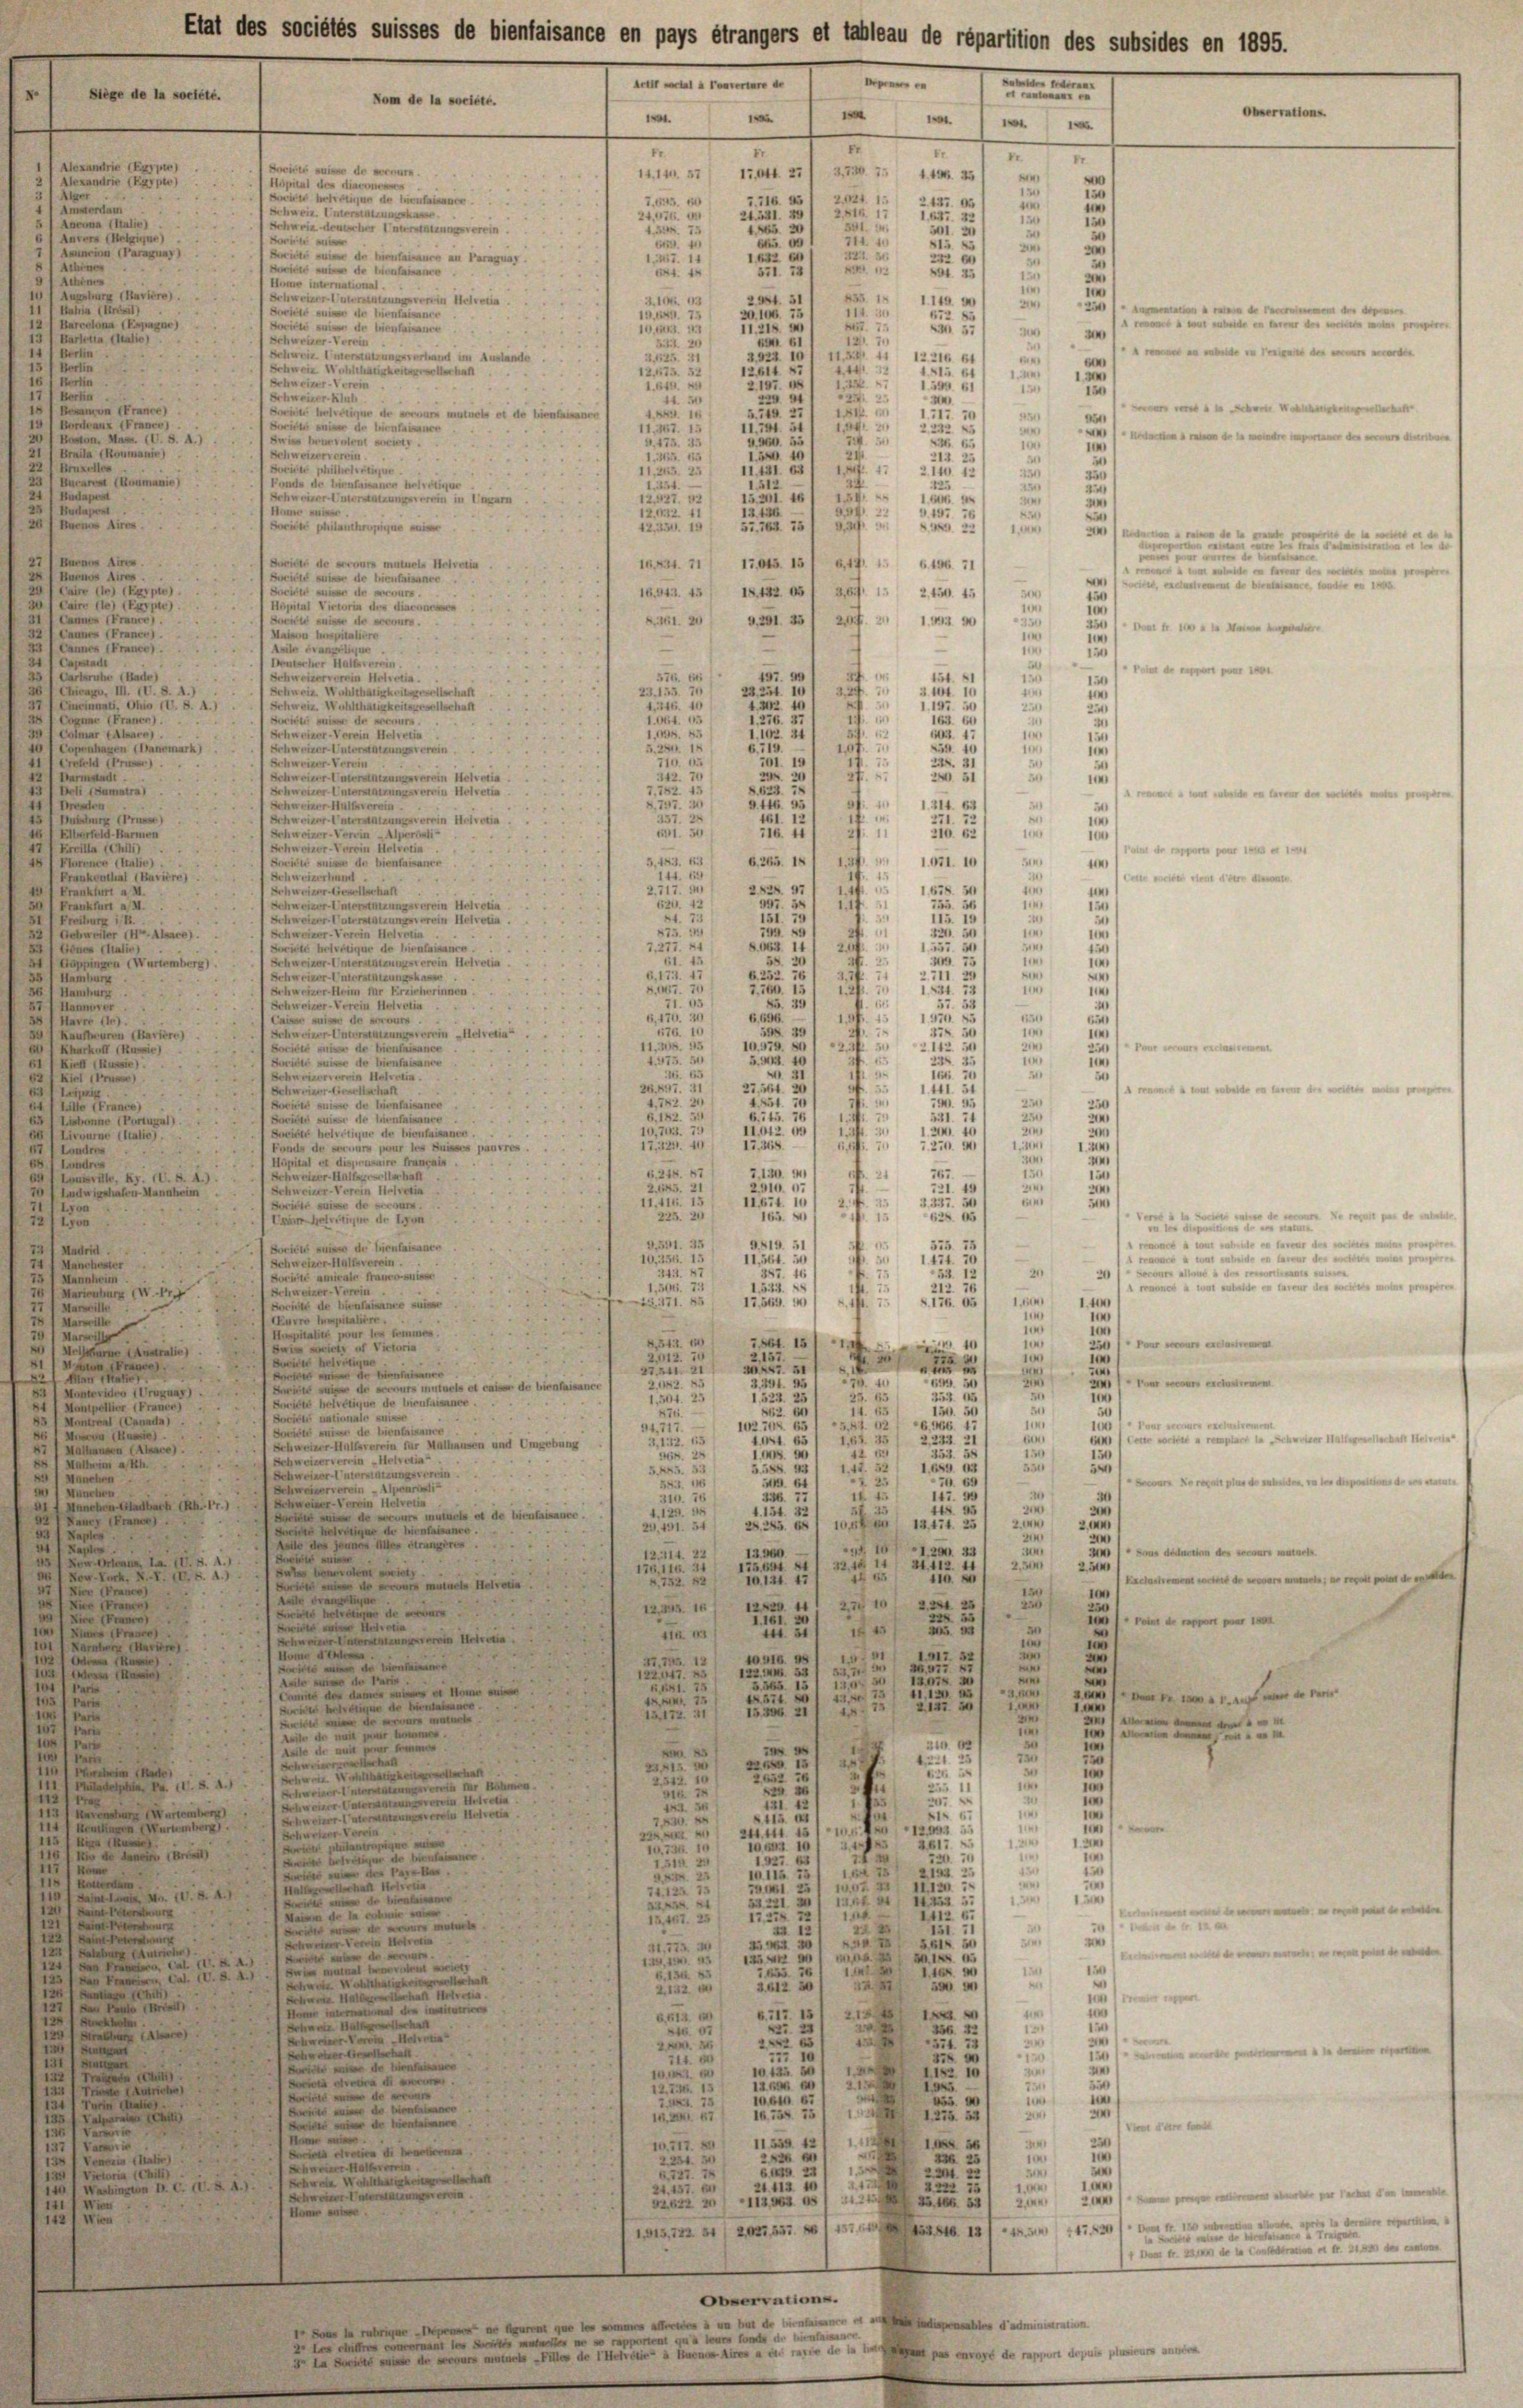
x. Siege de la société.

e
amorten
ön. 1
u
15
 5
2
Beiet suis de bienstance an Paraguay.

252
,267. 14
Bociete suis de hierfass
1
571.
at 22
Achines
Home international.
Augsburg (Baviere Schweizer-Unterstützungsverein Helvern
655. 1
24
3, 106. 9.
lit g
431
Soviele
ede hienfaisance
20. 106. 7.
19

Soviele
 de lienfaisance
II. 218.
3
Schweizer-Verein
r 61
35.
1
chweiz Inerstützungsverhand im Auslände
3,425. 31
1221
Briti
Schweiz. Wohlthäugkeitersch
114
a
Ber
d
Schweizer-Ver
u
ein.
hweizer-R
Bertin
u
4,885. 10
Breite helvetique de secours mutu
Snriete suisse de lieut
Bordea
4
191. 54
367.
115
Swiss bruevolent societr.

mele
Schweizerverein
n
465. 15
u
i
Societe philhelvetirun
u
.
115

.
dles die Lienheissance betreten sei einen
54
Etages
 Schweizer-Unterstützungsve
i
16
.
152
eesen
1202. 1

2
n

§ 151 u.
Buenos Aires.
u
Societe philanthropique suisse.
1223. 15
h
Buenos Aires
Sacité de secours mutuels Helvetia,
17645. 15) 649. 1. 6196. 71
16,834. 71
.
n
onos Aires
Société suisse de
e
Caire (10) Egypte)
Breiten meiner die Brennungen
16,543. 45 / 18452. 05/ 369. 1. 2450. 4
ppital Victorin des diaconesses
1
S.361. 20 9291. 35 / 207. 2111 90
Société suisse de secours.
annes
und
Maison hospitaliere
i
s (France).
2
Asile Evangelique.
e
2
Capstadt
Beutscher Hülfsverein
P de pour
2
1
Schweizer
Carlsruhe (Bade
197. 90
erverein Helvetia.
44.
576. 66
15
23,155. 70
Chicupo, III. II. S.
Schweiz. Wohlthätigkeitsgesellschaft
u
)
Cineinnati, Ohio (T. S. A.)
4.246. 1
197.
Schweiz. Wohlthätigkei
sGesellschaft
.
.
Sociéti suis de seris
.
.
c (Franci
schweizer-Verein Helvetia

c
er (Alsare).
3
2
93. 1
n
u
1
Schweizer-Unterstützungsverein
anemark)
.
chweizer-Verein

S. 31
1
etzungsverein Helvetia
2051
Schweiz
armstadt.
i
Be Sumaira,
u
 Schweizer-Unterstützungsverein Helvetia.
An beide en r
46. 55
1314.
.
Schweizer-Hülfsverein.
Fristen
3
 15
Schweizer-Paterstützungsverein Helvetia
Duisburg (Trüsse
.
1.7.
.
271
310. d
s
691. 2
Schweizer-Verein „Alperosti-
14
)
Eiberfeld. Ha
Schweizer-Verein Helvetin
Freilla Con
Point dr rapport pour le
1
5,183.
1671. 10
Société suisse de bienfaisance
6,265. 1811, 34
100
Florence Italie)
14
Schweizerhum
unkentlial (Baviere)
Cette acte rent dere diesente
I
2,717. 9
2838. 371 11
hweizer-Gesellschaft
Frankfurt a M
78. 51
155
Frankfurt a M.
n
Schweizer-Unterstützungsverein Helvetia
20.
4
21.
Schweizer-Unterstützungsverein Helvetia.
Freiburg i/B.
u
i
1
Schweizer-Verein Helvetia
Gebweiter II. Alsace).
8.
u
ociété helvetique de hienfaisance.
7
dnes
20

d
verein Helvetia.
Schweizer-Unterstütz
e
Appingen ( Wurtemberg)
.
Schweizer-Unterstüt
n
21
376.
 2
d
2
Schweizer-Heim für Erzieherinnen.
Hamburg
:
Schweizer-Verein Helvetia
dämmen
15.5.
.
1
6,150. 3
it
61
Caisse suisse de sorours.
Haver die
1
¬
Schweizer-Unterstützungsverein „Helvetia“.
Kaufheuren (Bavière).
2
11.
ut
10
ociété suisse de bienta
of (Russi
 Pour secours exclusivemen
3
.

Suriété suisse de bien
Kiell (Russic)

Schweizerverein Helvetia.
Kiel (Trüsse)
26,85
renone ton beide en ver
27,564.
Schweizer diesellschaf
Lei
2
82.
Bociété suisse de lienfaisan
1er der
.
société suisse de lienfaisant
ne (Fortugal
t
II042. 65
d
 Societe helvetique de hieufaisance
vourne (ltalie).

154
i
in
onds de soeurs pour les Burs
d
auvres .
Landro
öpital et disprussire
1 Landrec
Seiter.
18.
d
130.
.
uisville, Ry. (U. S. 4

a
251
15. 21
Schweizer-Verein Helvetia
Ludwigshafen Mannhein
r
2.
Boristi suisse de
11,416. 15
nurs.

1
 de soit par die mit
al.
Deiner Helvetique de lon
o
.
tonsabile en faveur des voriges mens prospi
G,591. 35
G. 819. 5
i renones
175. 75
81
 Société suisse die hienfaisanc
Madridl
enbeide en faveur des et man propres
11,51
10,356. 1
1474. 7
i
Schweizer-Hülfsverein.
ancheste
20
 da
2
2
Socirte amicale francosuisse

,504. 74
.
212. 1
Schweizer-Verein

 171.
1.10
17,569. 141
6. 55
. ist.
orirte de hienfaisance suisse
n
hrspitaliere
i
ur les femme
pitalité po
8
arwes
64. 151 1
Pour ou sie
is society of Victoria
e
Meistere Australie

elve
i
222.
Fr
8.1

a
.
23 1
Pour recours exclusumm
dels et caisse de bienfaisance
de verurs
eien einen
n

u
wiete hervereigne de bienfisance

Kompellier (France)

e
rationale suis
Societli
antrent (Canada).
x
" Paar securs exclusivement
.
166
 u
94,
sible suiser de bienfisance
n(Russie
Cette acta remplar la Schweizer Hülfsgesellschaft II
14.
3,13.
 163.
1
Schweizer-Hülfsverein für Halhausen u
gebung
a
Mathausen (Alsace).
1
.
rein „Helvetia"
chweizer

napf.

u
558
1.
.
Atzungsvorri
eine
rit plus de subsiden, in les dispositions
76. 69
izerverein - Alpenresti
u

i
im Helvetia
Gladbach (Rh.17.)
1
4. 154.
4, 125.
 mutuels et de bienfaisance.
i
uung einen
 Frau eines
 1312.
22
2285. 9
20,451. 54

1
Alles étrangères.
34.
1,29
u
 ou den des Beaur mutuels.
1000
12. 714. 22
t ni
 . . 10. d. 1
u
1
32.
412.
olen societ
i
1
176,
Nov. Kurk, N. F. IV. S. 4.)
r
Elstement ce de la me der po de
ous mutuels Helvetia.
d
Nier (France)
 de s
e var
ice (Frau
2710/2254
12820. 44
12, 245. 16)
dite der einer in eine
d
Vier (Fraue
 Point de rapport par

1425
1529,
Ninns (Fraue
416. 62
d
verein Helvetia.
Unterst
r
arnt
i
15
lome d’indes
10416. 98
4
eien un
de Bienfaisance
iets aus
u
des Aussic
l Prome einer

Pra 1. Auf die de parir
n
u
dringen die Ferne
.
n
 de

nn in einer ein

n
.
.
s
d mit zu
in
u
n
chwier
2
a

eher in Bethei
1
2

mimier
.
r
dee eine retia
er. Unt
u
e
eerendung Würtember
u
Hizungsverein Helvetia.
1

en (Wurtemberg).
m
Rouchir
Be

2
.
pigere mi
15
2
a
e

327
u
e
tam

u
nt a M. D. S. A.)
de hier
.
1
u
Bern
23, 2
deinen der er den
u
n
 mutte
n
LA F. IX
a
Peterstr

i
u von 30
31,77.
ur Antrich
Bei de
n
it an der Beru
1
lau wir a
eiern, Cal. II S. 4

und ein
1

Ferie anal hern
i

1
3
  154.
Schwere Wohltharink
i
221
3612 50
4.132. im
hil
.
B
n.

Heie inter
G,573. 60
7. 15
217
62)
15
n
Schweiz. Hat
.
Al
o Hertia
L
Schweizer
n
i
.
chweizer erha
e
a
.
n
1
 de
trich
in
10
m
Ch
n
u
icta vota d
n
iacon in
Zutriche
22.
76.
d
lbeins
d
.
(Radie
Britte ausse der Einlaisance
16 ist 5/1315. 53
Cauti
15, 2. 67
Bolte sei der hientaine
Vtem Für d
1153. 4
1 56
10.717. 89
7 Vars
riat votie di Benehm
226
Ain
2. 234. 30
146. 2
2
Schweizer
s
1, 34
6,727. 18
201. 23
Schen Wohlthätigkeit

u
24. 413. 10
2222. 15
1.5.

24. 157. 61
.
Pre p
 Schweizer Unter
a
33, 1391
Görmigen es 1 24
in
Homer se

dan alternte.
,772. 81 (2027557 S. 1245. 482
u
/1 Dem fr. 231 de la Conferation fr. 21 des canon
Observations.
s à un hat de bienfaisanen
ispensables d’administration.
1 Sous la rubriger In
e qui leurs fonds u. Lientars
chiffre
 iren an ein raste de in der pas envoyé de rapport depuis

Ancuna (Italie)
Anvers (Belgique)
ncion (Paraguay)
Achines

Berlie

lexandrie (Egypte)

(Erksil)
na (Esjragne)
Barletin Italie

u

anon (France
(France)
ass. CG. S. A.).
manie
ucares (Roumanie)

Cairr 1te (Favpe).

Alexandrie (Egypte)

Elat des sociélés suisses de bienfaisance en pays étrangers et tableau de répartition des subsides en 1895.
Le Portal à Ponterture de 1 penses en sie federar
Nom de la société.
Observations.
.
u
Er
n
n
.
e
Société suisse de secours.
14,140. 57/ 17,044. 27/ 3736. 7. 4496. 35
n
Höpital des diaconessen
2924. 1
 Bitte betretique de lienfaisance.
7,655.
7. 716.
2157. 131

 Schweiz. Emerstützungsk
2Sir
24. 521.
1
2
2
Schweiz. deutscher Interstützungsverein.
41.
s
Hort au

10 c.

t

.

1

101. 11.

.

2
Senaten
em des depren
d
Aren tout
20
A
deren des verd
un
 Wech

tr andre portane des secour die

.
n
p

                     Baren den weiteren mater p

, le denn en
.
 Bon fr. 10 Manne